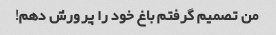
من تصمیم گرفتم باغ خود را پرورش دهم!